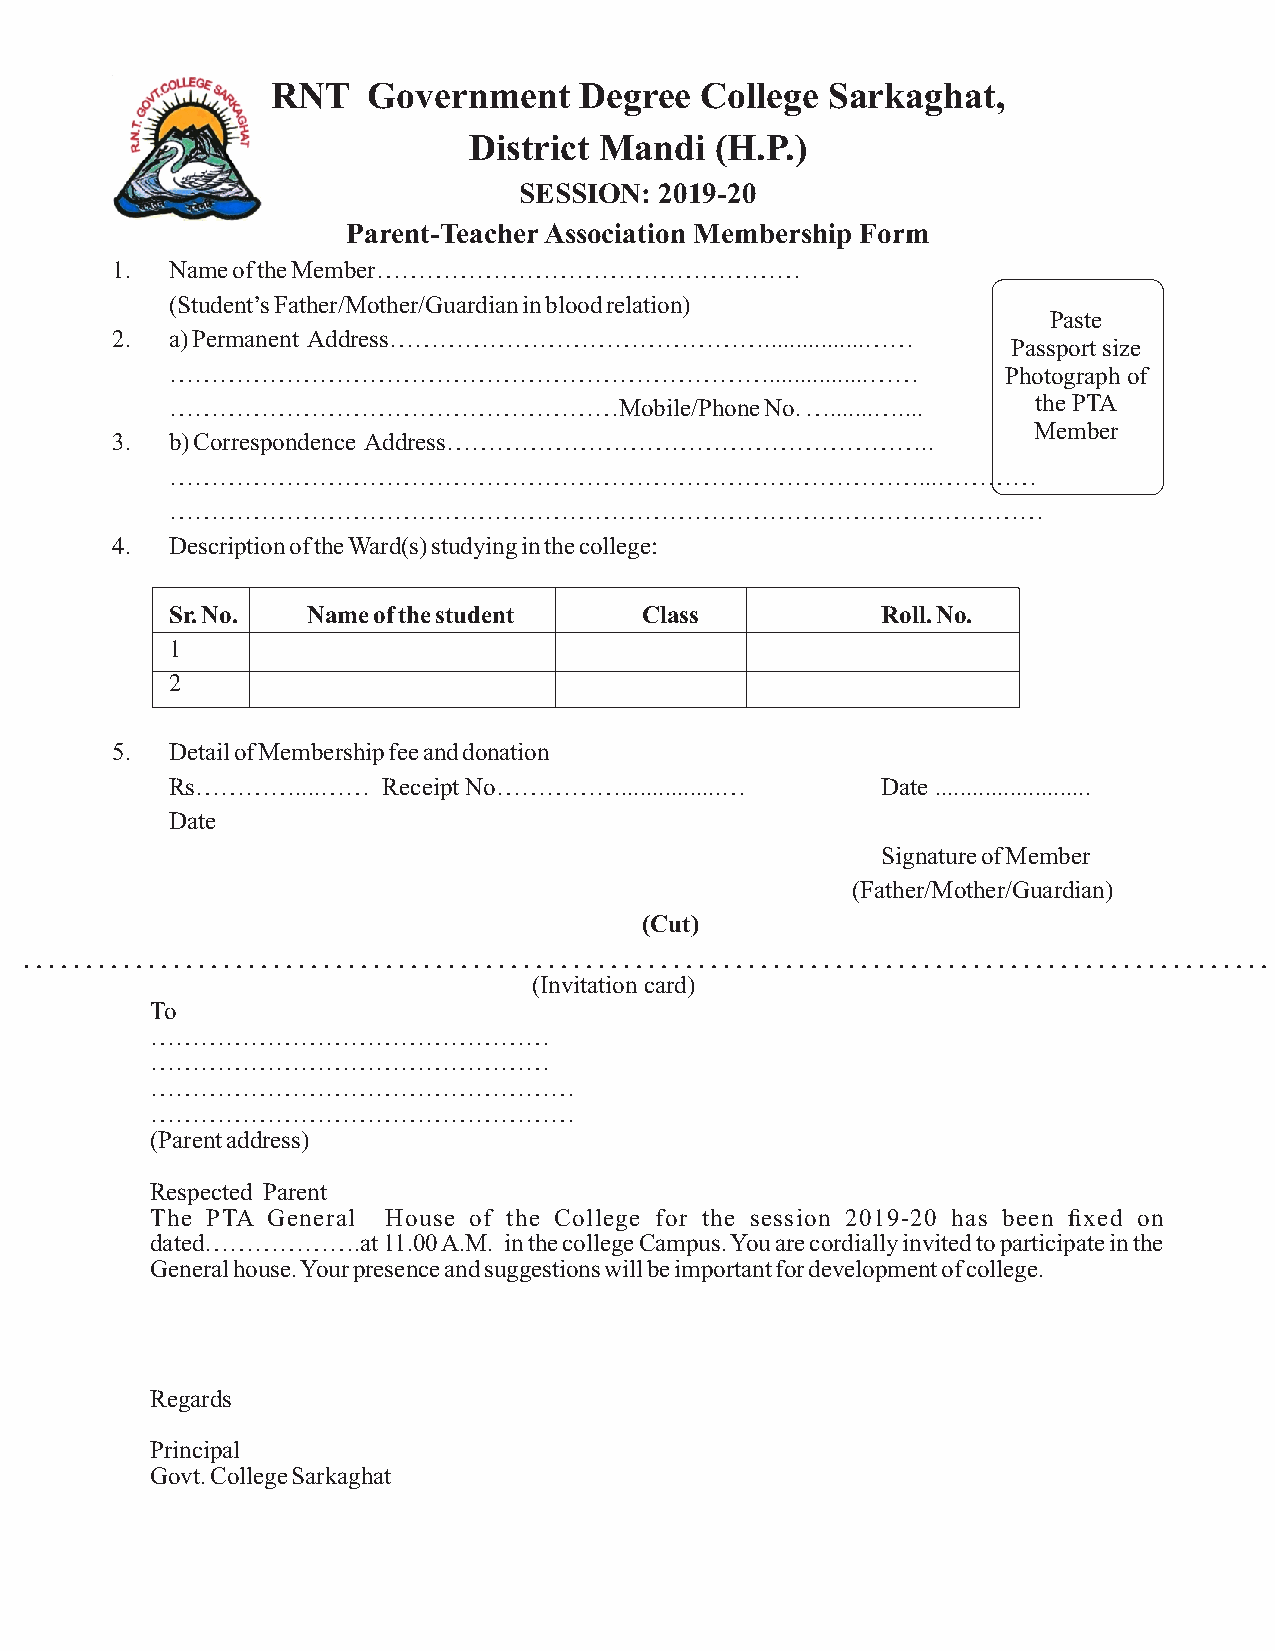
RNT   Government    Degree  College  Sarkaghat,
 District Mandi  (H.P.)
 SESSION:  2019-20
 Parent-Teacher Association Membership Form
 1.  Name of the Member……………………………………………
 (Student’s Father/Mother/Guardian in blood relation)
 Paste
 2.  a) Permanent Address………………………………………................……
 Passport size
 ………………………………………………………………................……              Photograph of
 ………………………………………………Mobile/Phone          No. ….......….... the PTA
 Member
 3.  b) Correspondence Address…………………………………………………..
 ………………………………………………………………………………...…………
 ……………………………………………………………………………………………
 4.  Description of the Ward(s) studying in the college:
 Sr. No.  Name of the student    Class          Roll. No.
 1
 2
 5.  Detail of Membership fee and donation
 Rs…………....……  Receipt No……………................… Date .........................
 Date
 Signature of Member
 (Father/Mother/Guardian)
 (Cut)
 (Invitation card)
 To
 …………………………………………
 …………………………………………
 ……………………………………………
 ……………………………………………
 (Parent address)
 Respected Parent
 The PTA General House of the College for the session 2019-20 has been fixed on
 dated……………….at 11.00 A.M. in the college Campus. You are cordially invited to participate in the
 General house. Your presence and suggestions will be important for development of college.
 Regards
 Principal
 Govt. College Sarkaghat